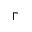
\Gamma